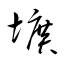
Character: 壙